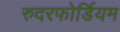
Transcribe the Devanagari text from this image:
रुदरफोर्डियम